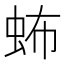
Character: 𧉩